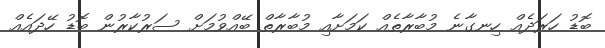
ބޮޑު ހަރަދެއް ހިނގާނެ މުބާރާތެއް ކަމަށާއި މުބާރާތް ބޭއްވުމަށް ސަރުކާރުން ބޮޑު ހޭދައެއް